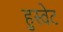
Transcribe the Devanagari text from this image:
हुस्वेट